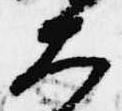
大